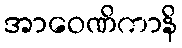
အာဝေဏိကာနိ